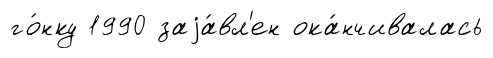
го́нку 1990 заjа́вл'ен ока́нчивалась